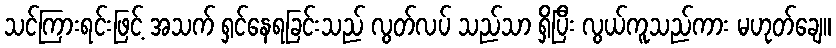
သင်ကြားရင်းဖြင့် အသက် ရှင်နေရခြင်းသည် လွတ်လပ် သည်သာ ရှိပြီး လွယ်ကူသည်ကား မဟုတ်ချေ။